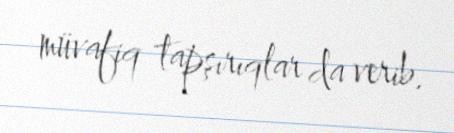
müvafiq tapşırıqlar da verib.